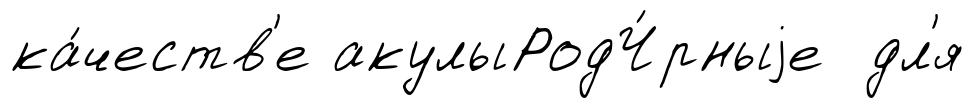
ка́честв'е акулыРодЧ́рныjе дл'я